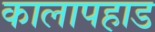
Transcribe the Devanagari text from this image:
कालापहाड